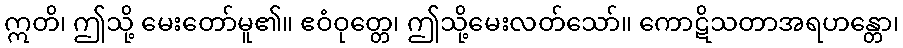
ဣတိ၊ ဤသို့ မေးတော်မူ၏။ ဧဝံဝုတ္တေ၊ ဤသို့မေးလတ်သော်။ ကောဋိသတာအရဟန္တော၊